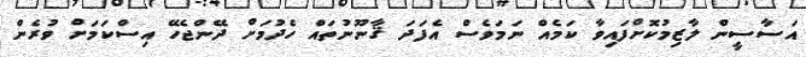
އަސާސީން ލާޒިމުކޮށްފައިވާ ކަމެއް ނަމަވެސް އެފަދަ ޤާނޫނުތައް ހެދުމަށް ދޭންޖެހޭ އިސްކަމަށް ވުރެން